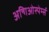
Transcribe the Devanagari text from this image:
अन्गिओस्पेर्म्स